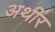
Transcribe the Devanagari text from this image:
अथीर